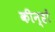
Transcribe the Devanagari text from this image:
कीन्हों